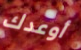
أوعدك